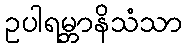
ဥပါရမ္ဘာနိသံသာ